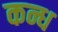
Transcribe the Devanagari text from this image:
कन्ध